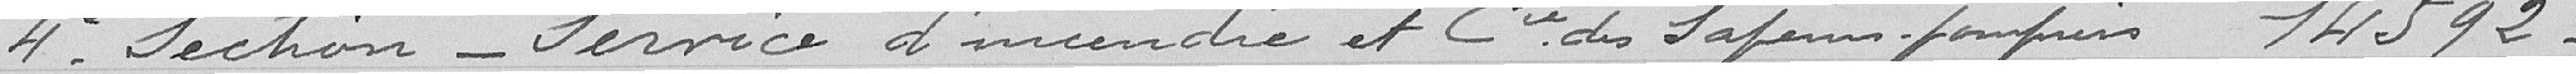
4° Section Service d'incendie et Compagnie des sapeurs pompiers 14592